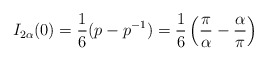
\begin{align*}I_{2\alpha}(0)=\frac{1}{6}(p-p^{-1})=\frac{1}{6}\left (\frac{\pi}{\alpha}-\frac{\alpha}{\pi}\right )\end{align*}